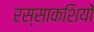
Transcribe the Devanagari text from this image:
रस्साकशियों